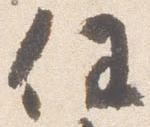
任